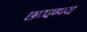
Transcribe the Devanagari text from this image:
छप्पण्ण्य